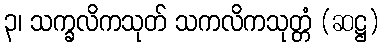
၃၊ သက္ခလိကသုတ် သကလိကသုတ္တံ (ဆဋ္ဌ)